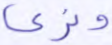
ونري